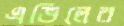
এভিলের